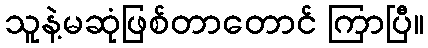
သူနဲ့မဆုံဖြစ်တာတောင် ကြာပြီ။